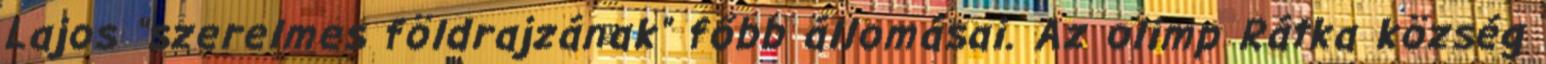
Lajos "szerelmes földrajzának" főbb állomásai. Az olimp Rátka község